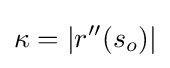
\kappa =|r''(s_{o})|